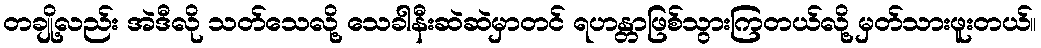
တချို့လည်း အဲဒီလို သတ်သေလို့ သေခါနီးဆဲဆဲမှာတင် ရဟန္တာဖြစ်သွားကြတယ်လို့ မှတ်သားဖူးတယ်။